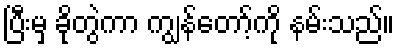
ပြီးမှ ခိုတွဲကာ ကျွန်တော့်ကို နမ်းသည်။